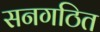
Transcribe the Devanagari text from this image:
सनगठित